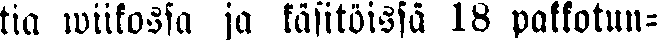
tia wiikossa ja käsitöissä 18 pakkotun-